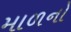
માળનો